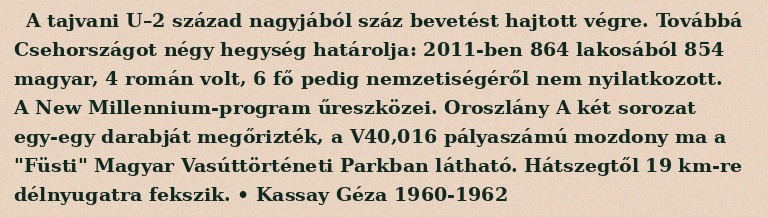
A tajvani U–2 század nagyjából száz bevetést hajtott végre. Továbbá Csehországot négy hegység határolja: 2011-ben 864 lakosából 854 magyar, 4 román volt, 6 fő pedig nemzetiségéről nem nyilatkozott. A New Millennium-program űreszközei. Oroszlány A két sorozat egy-egy darabját megőrizték, a V40,016 pályaszámú mozdony ma a "Füsti" Magyar Vasúttörténeti Parkban látható. Hátszegtől 19 km-re délnyugatra fekszik. • Kassay Géza 1960-1962